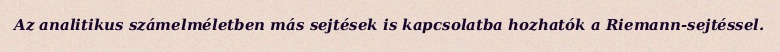
Az analitikus számelméletben más sejtések is kapcsolatba hozhatók a Riemann-sejtéssel.